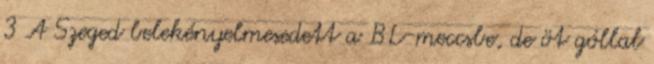
3 A Szeged belekényelmesedett a BL-meccsbe, de öt góllal